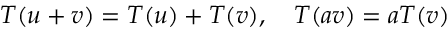
T ( u + v ) = T ( u ) + T ( v ) , \quad T ( a v ) = a T ( v )